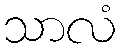
သာလံ